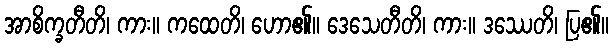
အာစိက္ခတီတိ၊ ကား။ ကထေတိ၊ ဟော၏။ ဒေသေတီတိ၊ ကား။ ဒဿေတိ၊ ပြ၏။